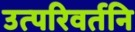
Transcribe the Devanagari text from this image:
उत्परिवर्तनि